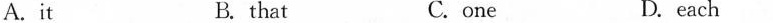
A.it B.that C. one D. each